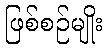
ဖြစ်စဉ်မျိုး